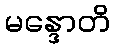
မန္ဒောတိ